Vaccination in Burma 1900-1911 - 1900-1911
Year: 1900
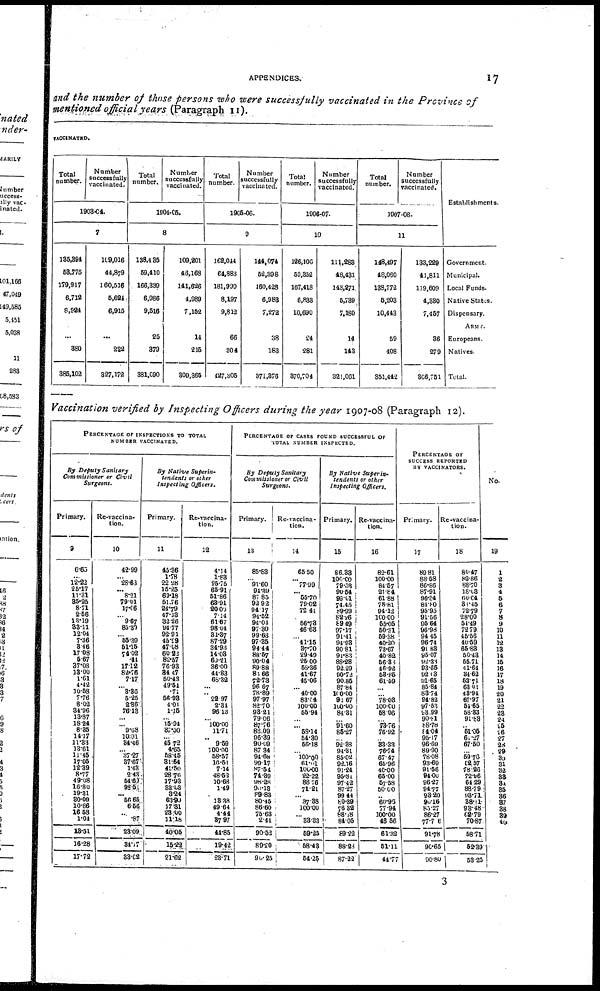
APPENDICES.
17
and the number of those persons who were successfully vaccinated in the Province of
mentioned official years (Paragraph 11).
VACCINATED.
Total
number.
Number
successfully
vaccinated.
1903-04.
7
135,394
58,775
179,917
6,712
8,984
...
380
385,102
109,016
44,879
160,516
5,624
6,915
...
222
327,172
Total
number.
Number
successfully
vaccinated.
1804-05.
8
138,435
59,410
166,339
6,986
9,516
25
379
381,090
109,201
46,168
141,626
4,989
7,152
14
215
309,365
Total
number.
Number
successfully
vaccinated.
1905-06.
9
162,044
64,883
181,999
8,197
9,812
66
304
427,305
144,074
52,398
160,428
6,988
7,272
38
183
371,876
Total
number.
Number
successfully
vaccinated.
1906-07.
10
126,106
59,352
167,418
6,838
10,690
24
281
370,704
111,288
48,431
148,271
5,739
7,180
14
143
321,061
Total
number.
Number
successfully
vaccinated.
1907-08.
11
148,497
48,060
138,772
5,203
10,443
59
408
351,442
133,229
41,811
119,609
4,330
7,457
36
279
306,751
Establishments.
Government.
Municipal.
Local Funds.
Native States.
Dispensary.
ARMY.
Europeans.
Natives.
Total.
Vaccination verified by Inspecting Officers during the year 1907-08 (Paragraph 12).
PERCENTAGE OF INSPECTIONS TO TOTAL
NUMBER VACCINATED.
By Deputy Sanitary
Commissioner or Civil
Surgeons.
Primary.
9
6.65
... 12.22
25.17
11.31
35.25
8.71
2.56
13.19
33.11
12.04
7.36
3.46
17.08
5.67
37.08
13.00
1.61
4.42
10.58
7.76
8.02
34.96
13.87
18.24
8.35
14.17
11.33
13.61
11.45
17.05
12.39
8.77
49.08
16.80
19.31
30.00
10.86
16.58
1.04
13.51
16.28
17.72
Re-vaccina-
tion.
10
42.99
... 28.63
... 8.21
79.01
17.06
...
9.67
85.30
... 55.39
51.15
74.02
.41
17.12
82.76
7.17
... 3.36
5.25
2.86
76.13
...
... 9.68
10.01
34.46
... 37.27
37.67
1.43
2.43
54.60
98.51
... 56.65
6.56
... .87
23.09
34.17
33.02
By Native Superin-
tendents or other
Inspecting
Officers.
Primary.
11
45.36
1.78
22.28
15.25
69.18
51.76
24.79
47.13
32.26
94.77
92.91
45.99
47.08
60.22
82.57
76.93
34.47
50.48
49.54
.71
56.93
4.91
1.15
... 15.94
87.50
... 45.72
4.65
58.45
31.64
41.50
28.76
17.93
33.03
3.24
63.90
17.31
23.00
11.18
40.05
15.22
21.62
Re-vaccina-
tion.
12
4.14
1.83
25.75
65.91
51.86
63.91
20.09
7.14
61.67
98.04
31.87
87.29
34.93
14.03
60.21
36.00
44.83
68.32
...
... 22.97
2.34
96.13
...
100.00
11.71
... 9.59
100.00
58.57
16.51
7.14
48.53
10.68
1.49
...
13.38
49.64
4.44
87.97
44.85
19.42
28.71
PERCENTAGE OF CASES FOUND SUCCESSFUL OF
TOTAL NUMBER INSPECTED.
By Deputy Sanitary
Commissioner or Civil
Surgeons.
Primary.
13
85.83
... 91.60
91.39
87.85
92.92
94.17
94.52
94.04
97.30
99.63
97.35
94.44
88.57
90.04
89.88
85.66
72.73
96.67
78.89
97.97
82.70
98.21
79.06
87.76
86.09
96.39
90.09
87.34
94.68
99.17
87.54
74.89
98.28
90.13
89.83
80.45
86.60
75.63
2.44
90.52
89.20
90.25
Re-vaccina-
tion.
14
65.50
...
77.99
... 55.70
79.02
72.41
...
56.73
46.63
... 41.15
37.70
29.49
25.00
58.36
41.67
45.06
...
40.00
83.54
100.00
55.94
... ... 58.14
54.30
56.18
...
100.00
61.01
100.00
22.22
88.76
71.21
...
37.38
100.00
...
33.33
59.25
58.43
54.25
By Native
Superin-
tendents or other
Inspecting Officers.
Primary.
15
86.33
100.00
79.53
90.54
99.01
74.45
89.99
82.26
89.49
97.17
91.41
94.93
90.81
91.83
88.28
92.29
90.72
90.85
87.84
100.00
91.67
100.00
84.31
... 91.60
85.27
... 92.83
94.31
85.02
92.16
91.24
95.81
97.42
87.27
99.44
80.39
76.32
88.18
84.05
89.23
88.28
87.22
Re-vaccina-
tion.
16
82.61
100.00
84.57
21.84
61.88
78.81
94.112
100.00
55.05
50.31
59.38
40.20
73.67
40.82
56.36
46.92
53.85
61.59
...
... 78.03
100.00
58.06
... 73.76
76.92
... 33.33
76.74
67.47
65.96
40.00
65.00
57.58
50.00
... 60.96
77.94
100.00
46.56
61.32
51.11
44.77
PERCENTAGE OF
SUCCESS REPORTED
BY VACCINATORS.
Primary.
17
89.81
88.58
86.86
87.91
96.34
84.80
95.95
91.56
95.64
96.98
94.45
96.74
91.83
95.07
92.33
93.66
92.03
91.65
85.84
83.74
94.82
97.53
93.99
90.81
88.78
84.04
95.17
96.60
89.90
78.08
93.69
91.56
94.00
96.27
94.77
93.20
90.16
85.27
86.27
77.76
91.78
90.65
90.80
Re-vaccina-
tion.
18
80.47
82.86
88.70
18.03
60.64
38.45
72.79
28.00
54.49
72.79
45.56
40.59
65.83
50.43
55.71
41.64
34.62
53.71
63.01
43.94
67.97
54.65
58.83
91.83
... 51.05
61.27
67.50
... 59.76
12.57
78.26
72.96
64.29
88.79
93.71
38.01
93.48
62.79
70.87
58.71
52.39
53.25
No.
19
1
2
3
4
5
6
7
8
9
10
11
12
13
14
15
16
17
18
19
20
21
22
23
24
25
26
27
28
29
30
31
32
33
34
35
36
37
38
39
40
3